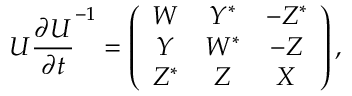
{ \cal U } \frac { \partial { \cal U } } { \partial t } ^ { - 1 } = \left( \begin{array} { c c c } { { W } } & { { Y ^ { * } } } & { { - Z ^ { * } } } \\ { { Y } } & { { W ^ { * } } } & { { - Z } } \\ { { Z ^ { * } } } & { { Z } } & { { X } } \end{array} \right) ,